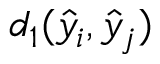
d _ { 1 } ( \hat { y } _ { i } , \hat { y } _ { j } )